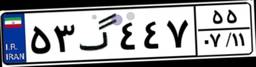
۵۳گ۴۴۷۵۵